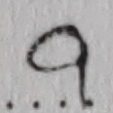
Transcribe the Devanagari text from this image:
...९